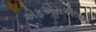
એફએસએલના